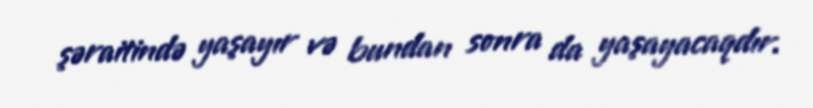
şəraitində yaşayır və bundan sonra da yaşayacaqdır.